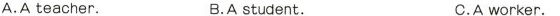
A.A teacher. B.A student. C.A worker.